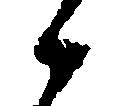
候